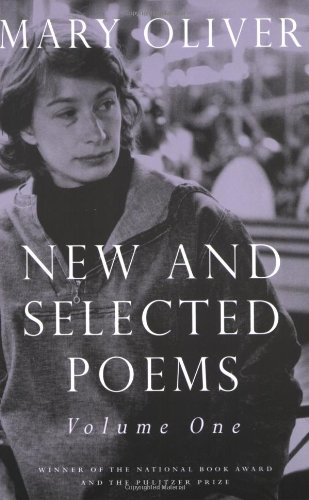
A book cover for New and Selected Poems, Volume One; Mary Oliver; Literature & Fiction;